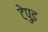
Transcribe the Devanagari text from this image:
टेपुइ